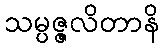
သမ္ပဇ္ဇလိတာနိ